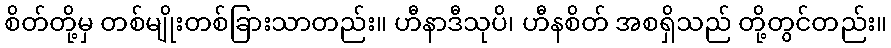
စိတ်တို့မှ တစ်မျိုးတစ်ခြားသာတည်း။ ဟီနာဒီသုပိ၊ ဟီနစိတ် အစရှိသည် တို့တွင်တည်း။